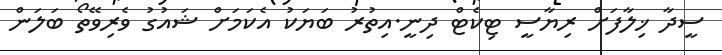
ސީދާ ޚިލާފަށް ރިޔާސީ ޓިކެޓް ދިނީ.އިތުރު ބަޔަކު އެކަމަށް ޝައުގު ވެރިވޭތޯ ބަލަން